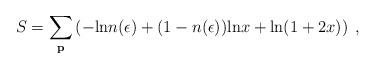
LaTeX: \begin{align*}S = \sum_{\bf p}\left(-{\rm ln}n(\epsilon)+ (1-n(\epsilon)){\rm ln}x+{\rm ln}(1+2x)\right)\;,\end{align*}